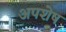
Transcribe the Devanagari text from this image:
अपशेष